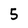
Character: 5